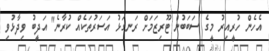
އެހެން ހުރީއިރު މީގެ ސަބަބުން ޓޫރިޒަމަށް ރަނގަޅު އަސަރުތަކެއް ކުރާނެ" އަދީބު ވިދާޅުވި